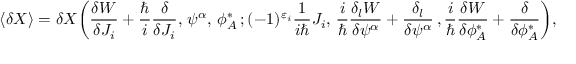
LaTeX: \langle \delta X \rangle = \delta X \bigg ( \frac { \delta { \cal W } } { \delta { \cal J } _ { i } } + \frac { \hbar } { i } \frac { \delta } { \delta { \cal J } _ { i } } , \, \psi ^ { \alpha } , \, \phi _ { A } ^ { * } \, ; ( - 1 ) ^ { \varepsilon _ { i } } \frac { 1 } { i \hbar } { \cal J } _ { i } , \, \frac { i } { \hbar } \frac { \delta _ { l } { \cal W } } { \delta \psi ^ { \alpha } } + \frac { \delta _ { l } } { \delta \psi ^ { \alpha } } \, , \frac { i } { \hbar } \frac { \delta { \cal W } } { \delta \phi _ { A } ^ { * } } + \frac { \delta } { \delta \phi _ { A } ^ { * } } \bigg ) ,